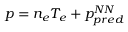
p = n _ { e } T _ { e } + p _ { p r e d } ^ { N N }